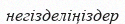
негізделіңіздер